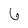
Character: 6